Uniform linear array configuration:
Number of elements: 24
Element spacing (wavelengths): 1
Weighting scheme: blackman
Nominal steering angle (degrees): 15
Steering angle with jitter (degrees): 13.973
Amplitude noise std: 0.05
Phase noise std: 0.05

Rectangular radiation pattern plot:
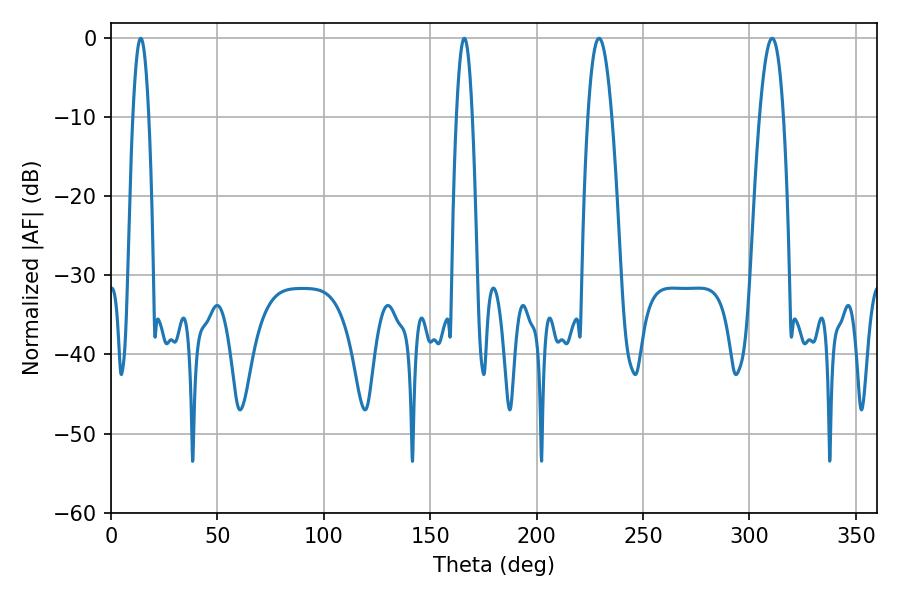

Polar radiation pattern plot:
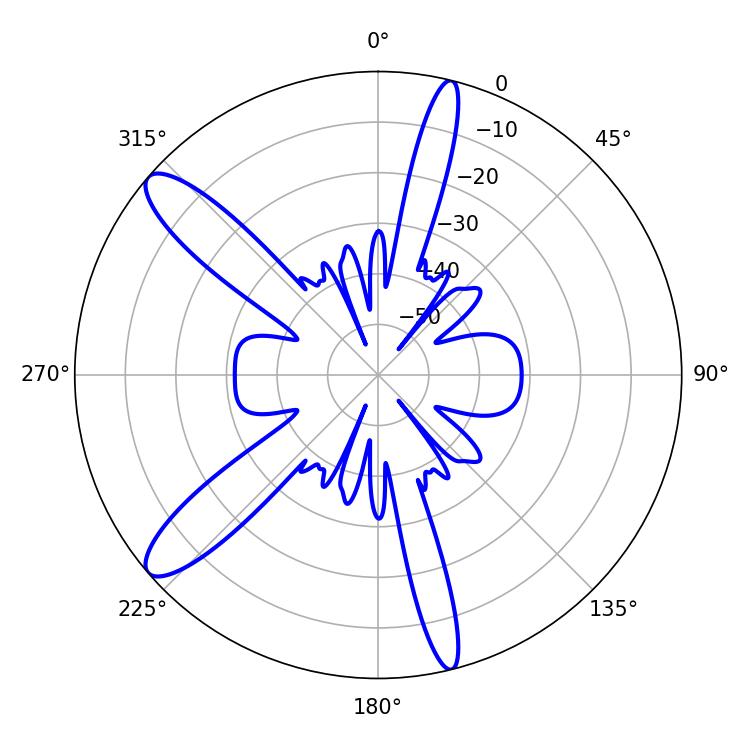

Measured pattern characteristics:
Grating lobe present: TRUE
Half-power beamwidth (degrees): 6.12
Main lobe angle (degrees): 229.32